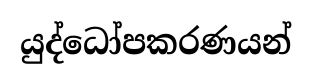
යුද්ධෝපකරණයන්